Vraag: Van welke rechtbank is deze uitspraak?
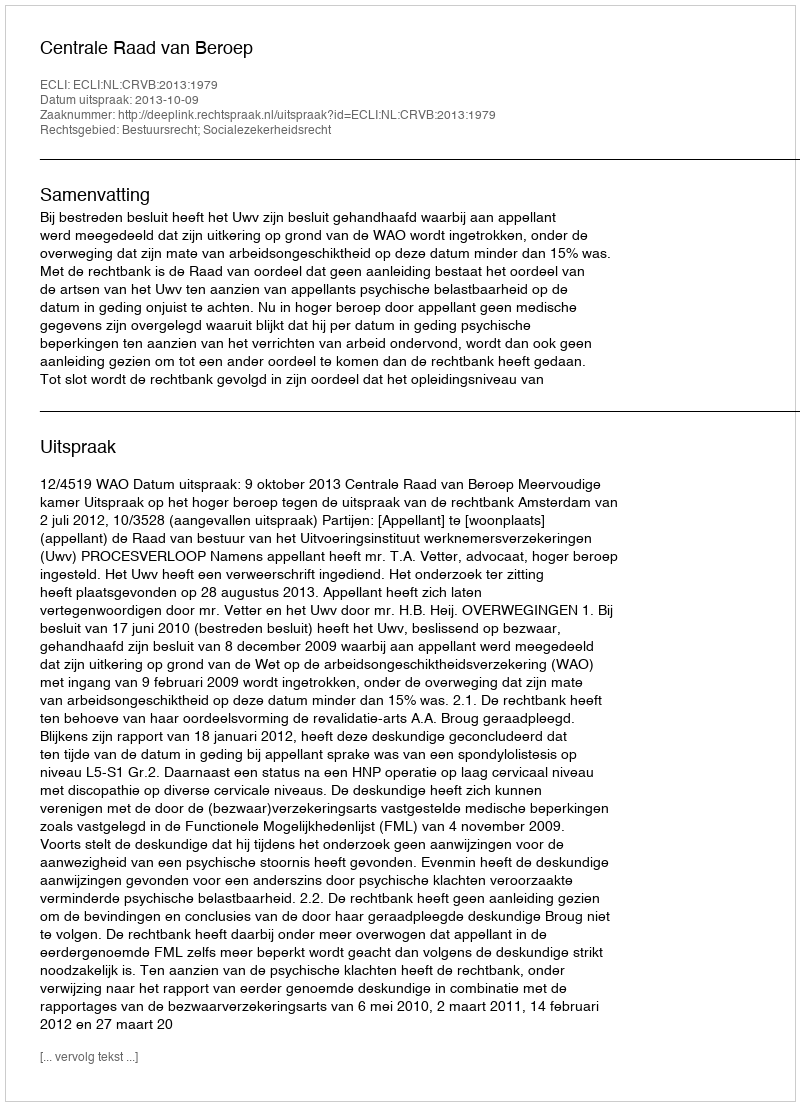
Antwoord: Centrale Raad van Beroep